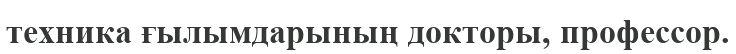
техника ғылымдарының докторы, профессор.